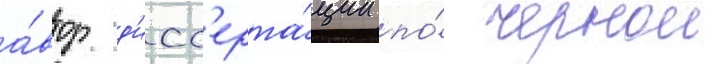
а́втор д'исс'ерта́ции по́ чернои